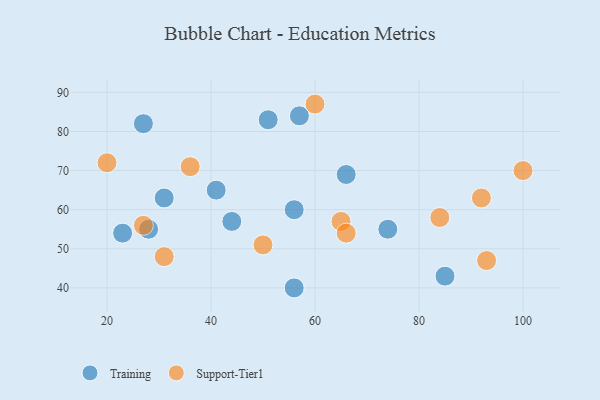
{"axis": {"x": "GDP", "y": "Life Expectancy"}, "legend": ["Support-Tier1", "Training"], "data": [{"x": "23", "y": 54, "type": "Training"}, {"x": "56", "y": 60, "type": "Training"}, {"x": "85", "y": 43, "type": "Training"}, {"x": "51", "y": 83, "type": "Training"}, {"x": "41", "y": 65, "type": "Training"}, {"x": "66", "y": 69, "type": "Training"}, {"x": "57", "y": 84, "type": "Training"}, {"x": "44", "y": 57, "type": "Training"}, {"x": "56", "y": 40, "type": "Training"}, {"x": "31", "y": 63, "type": "Training"}, {"x": "74", "y": 55, "type": "Training"}, {"x": "28", "y": 55, "type": "Training"}, {"x": "27", "y": 82, "type": "Training"}, {"x": "65", "y": 57, "type": "Support-Tier1"}, {"x": "50", "y": 51, "type": "Support-Tier1"}, {"x": "92", "y": 63, "type": "Support-Tier1"}, {"x": "66", "y": 54, "type": "Support-Tier1"}, {"x": "84", "y": 58, "type": "Support-Tier1"}, {"x": "93", "y": 47, "type": "Support-Tier1"}, {"x": "27", "y": 56, "type": "Support-Tier1"}, {"x": "36", "y": 71, "type": "Support-Tier1"}, {"x": "20", "y": 72, "type": "Support-Tier1"}, {"x": "60", "y": 87, "type": "Support-Tier1"}, {"x": "31", "y": 48, "type": "Support-Tier1"}, {"x": "100", "y": 70, "type": "Support-Tier1"}]}